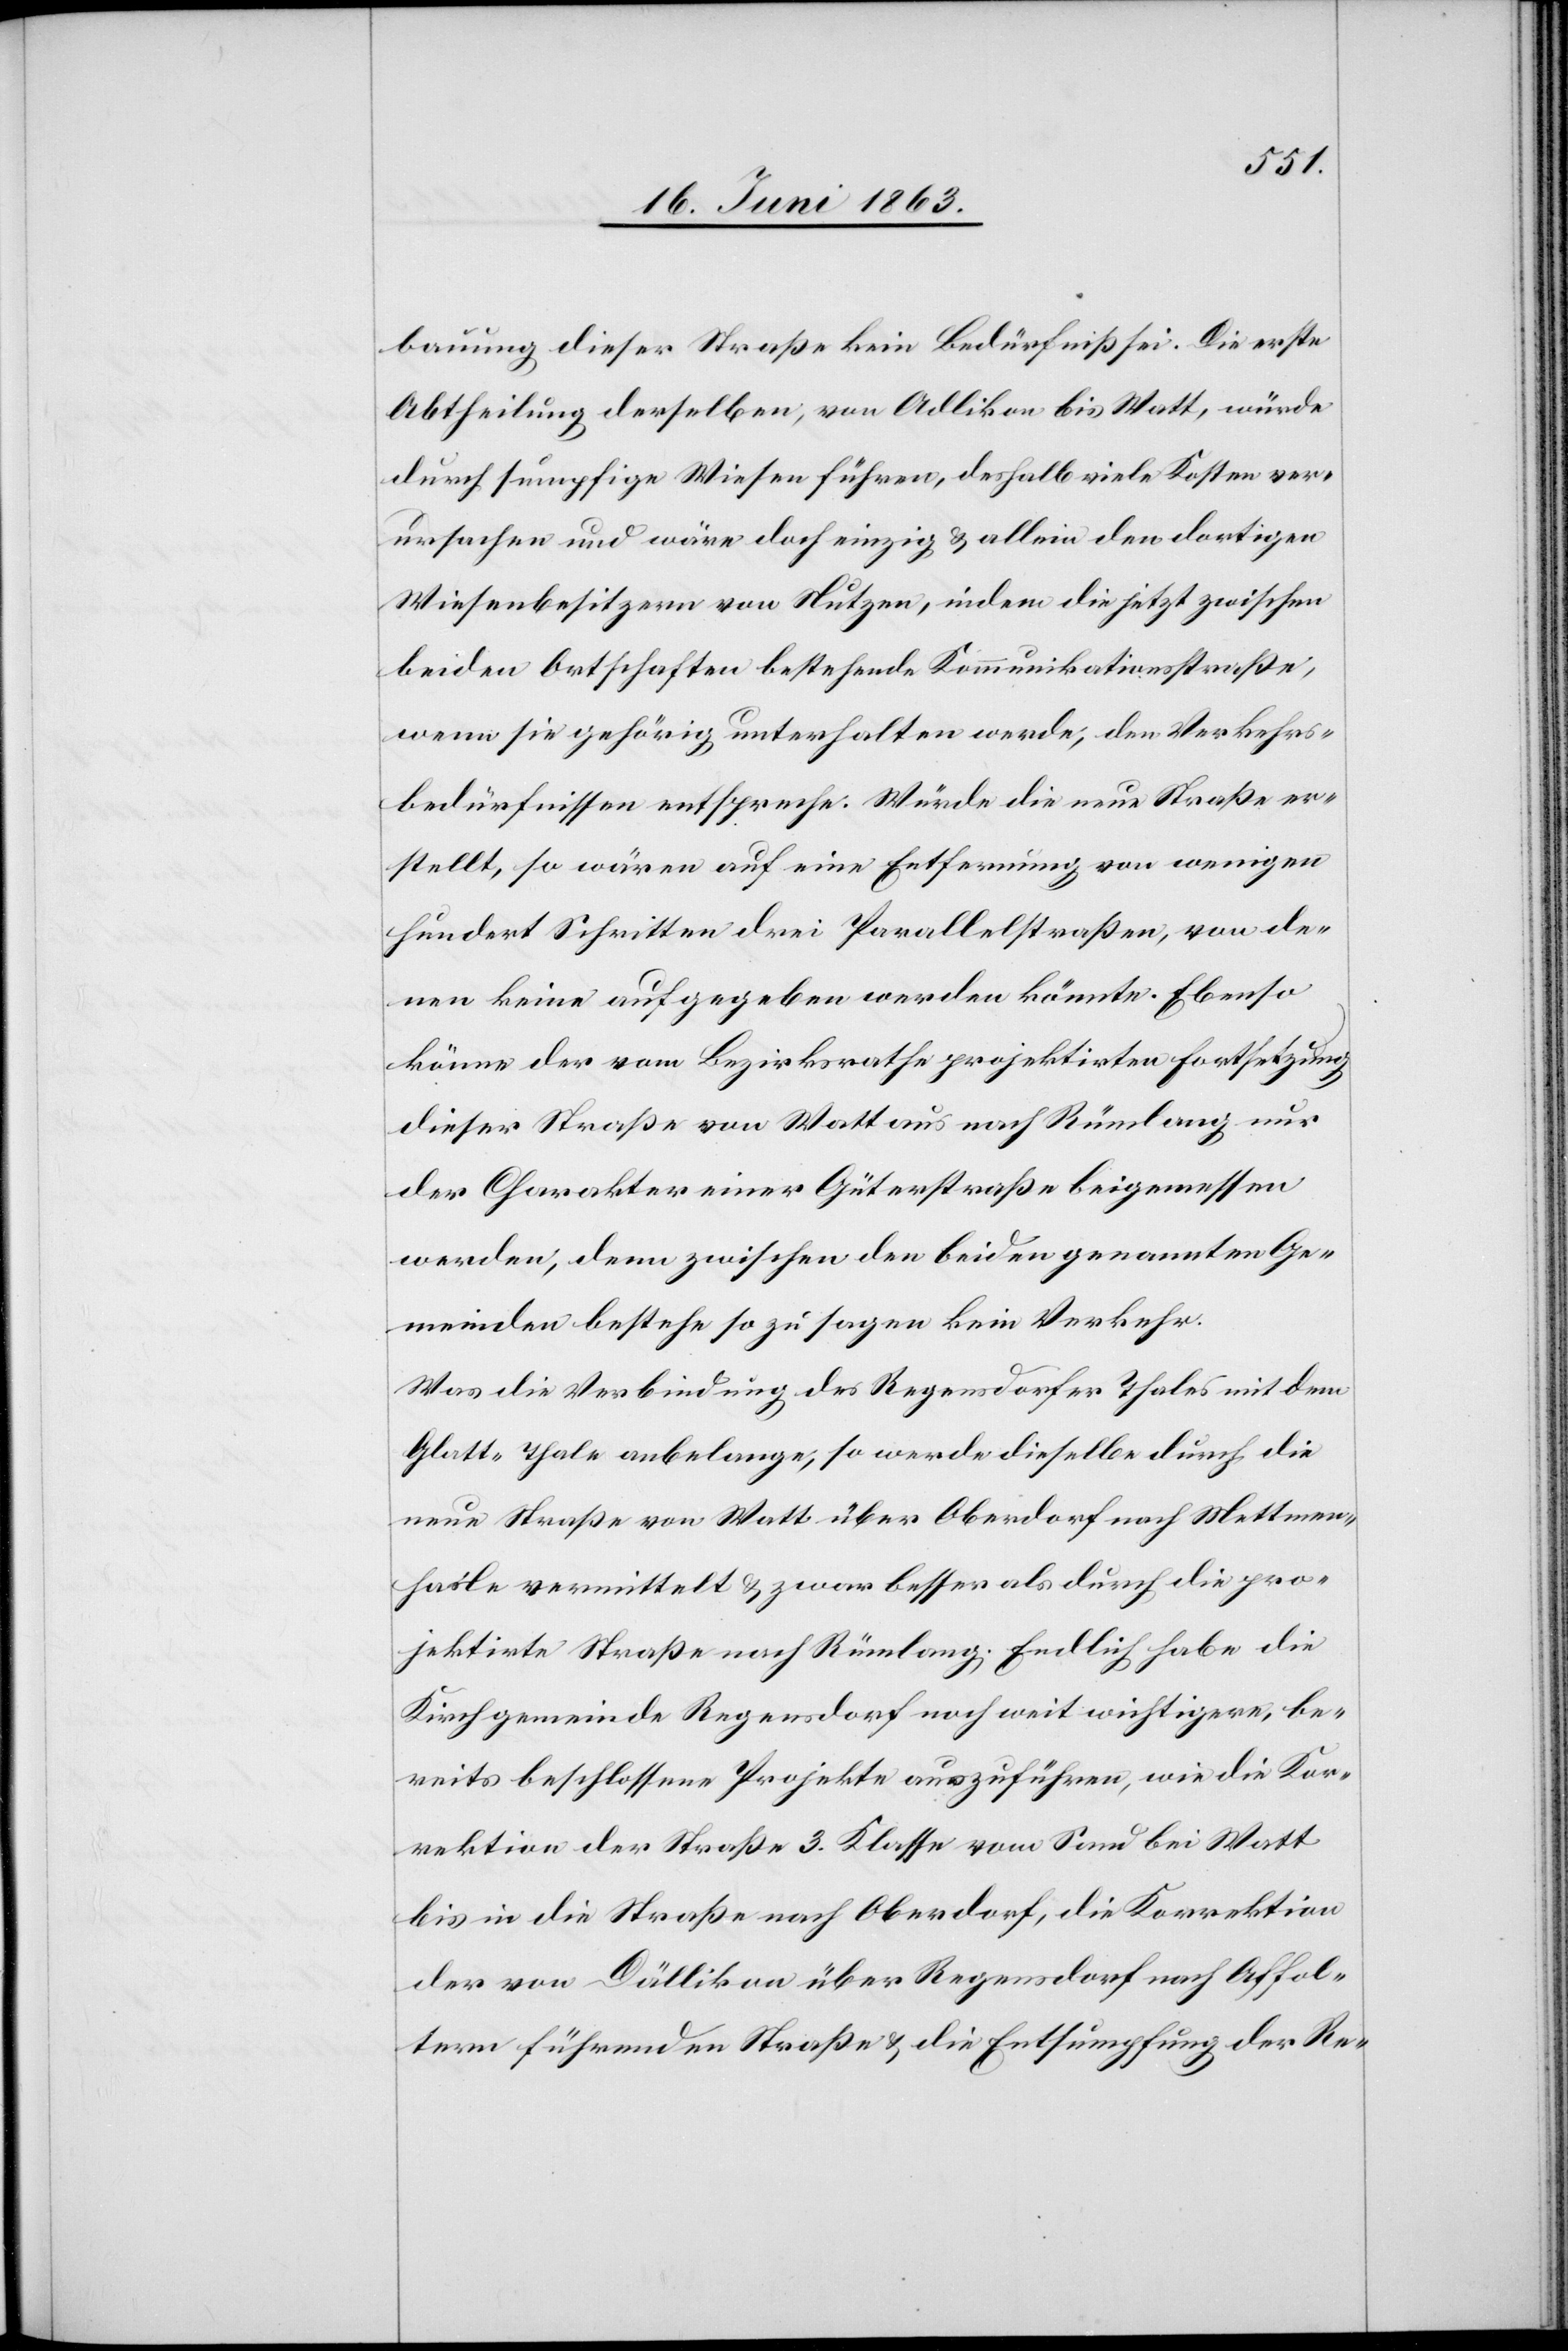
bauung dieser Straße kein Bedürfniß sei. Die erste
Abtheilung derselben, von Adlikon bis Watt, würde
durch sumpfige Wiesen führen, deshalb viele Kosten ver¬
ursachen und wäre doch einzig & allein den dortigen
Wiesenbesitzern von Nutzen, indem die jetzt zwischen
beiden Ortschaften bestehende Kommunikationsstraße,
wenn sie gehörig unterhalten werde, den Verkehrs¬
bedürfnissen entspreche. Würde die neue Straße er¬
stellt, so wären auf eine Entfernung von wenigen
hundert Schritten drei Parallelstraßen, von de¬
nen keine aufgegeben werden könnte. Ebenso
könne der vom Bezirksrathe projektirten Fortsetzung
dieser Straße von Watt aus nach Rümlang nur
der Charakter einer Güterstraße beigemessen
werden, denn zwischen den beiden genannten Ge¬
meinden bestehe so zu sagen kein Verkehr.
Was die Verbindung des Regensdorfer Thales mit dem
Glatt-Thale anbelange, so werde dieselbe durch die
neue Straße von Watt über Oberdorf nach Mettmen¬
hasle vermittelt & zwar besser als durch die pro¬
jektirte Straße nach Rümlang. Endlich habe die
Kirchgemeinde Regensdorf noch weit wichtigere, be¬
reits beschlossene Projekte auszuführen, wie die Kor¬
rektion der Straße 3. Klasse vom Sand bei Watt
bis in die Straße nach Oberdorf, die Korrektion
der von Dällikon über Regensdorf nach Affol¬
tern führenden Straße & die Entsumpfung der Re-